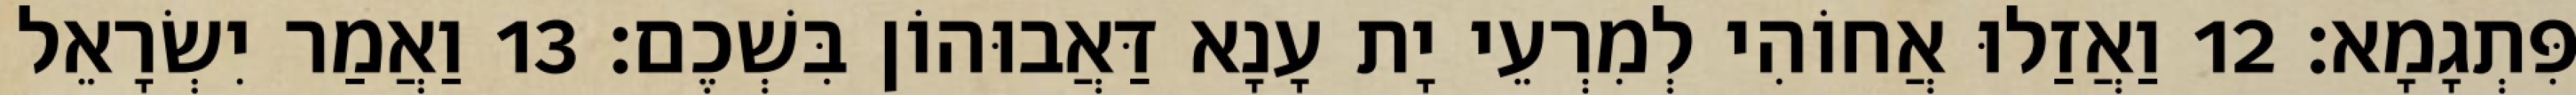
פִּתְגָמָא׃ 12 וַאֲזַלוּ אֲחוֹהִי לְמִרְעֵי יָת עָנָא דַּאֲבוּהוֹן בִּשְׁכֶם׃ 13 וַאֲמַר יִשְׂרָאֵל